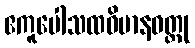
ဧကူပေါသထဝိမာနဝတ္ထု